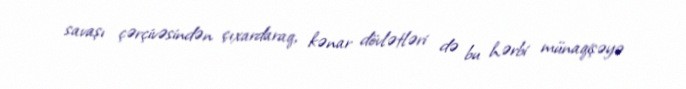
savaşı çərçivəsindən çıxardaraq, kənar dövlətləri də bu hərbi münaqişəyə